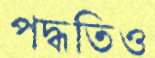
পদ্ধতিও